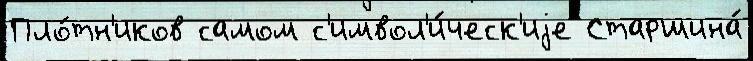
Пло́тн'иков самом с'имвол'и́ческ'иjе Старшина́